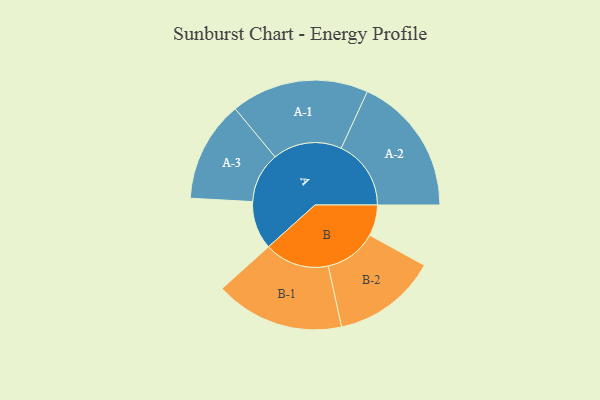
{"axis": {"x": "Segment", "y": "Value"}, "legend": ["", "A", "B"], "data": [{"x": "A", "y": 167, "type": ""}, {"x": "B", "y": 107, "type": ""}, {"x": "A-1", "y": 239, "type": "A"}, {"x": "A-2", "y": 242, "type": "A"}, {"x": "A-3", "y": 175, "type": "A"}, {"x": "B-1", "y": 224, "type": "B"}, {"x": "B-2", "y": 181, "type": "B"}]}